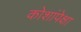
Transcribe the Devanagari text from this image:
कोशांपेक्षा